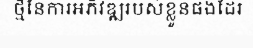
ថ្មីនៃការអភិវឌ្ឍរបស់ខ្លួនផងដែរ